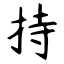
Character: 持